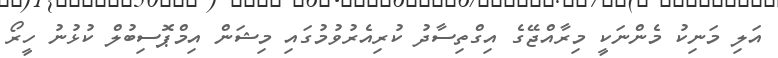
އަލި މަނިކު މެންނަކީ މިރާއްޖޭގެ އިގްތިސާދު ކުރިއެރުވުމުގައި މިޝަން އިމްޕޮސިބުލް ކުޅުނު ހީރޯ